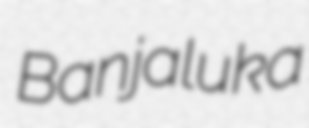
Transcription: Banjaluka